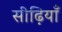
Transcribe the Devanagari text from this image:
सीढ़ियाँ